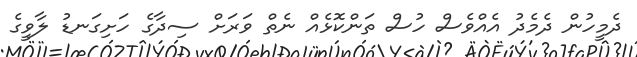
ދެމީހުން ދެމެދު އެއްވެސް ހުސް ތަންކޮޅެއް ނެތް ވަރަށް ސިދާގެ ހަށިގަނޑު ލާވީގެ